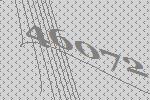
46072